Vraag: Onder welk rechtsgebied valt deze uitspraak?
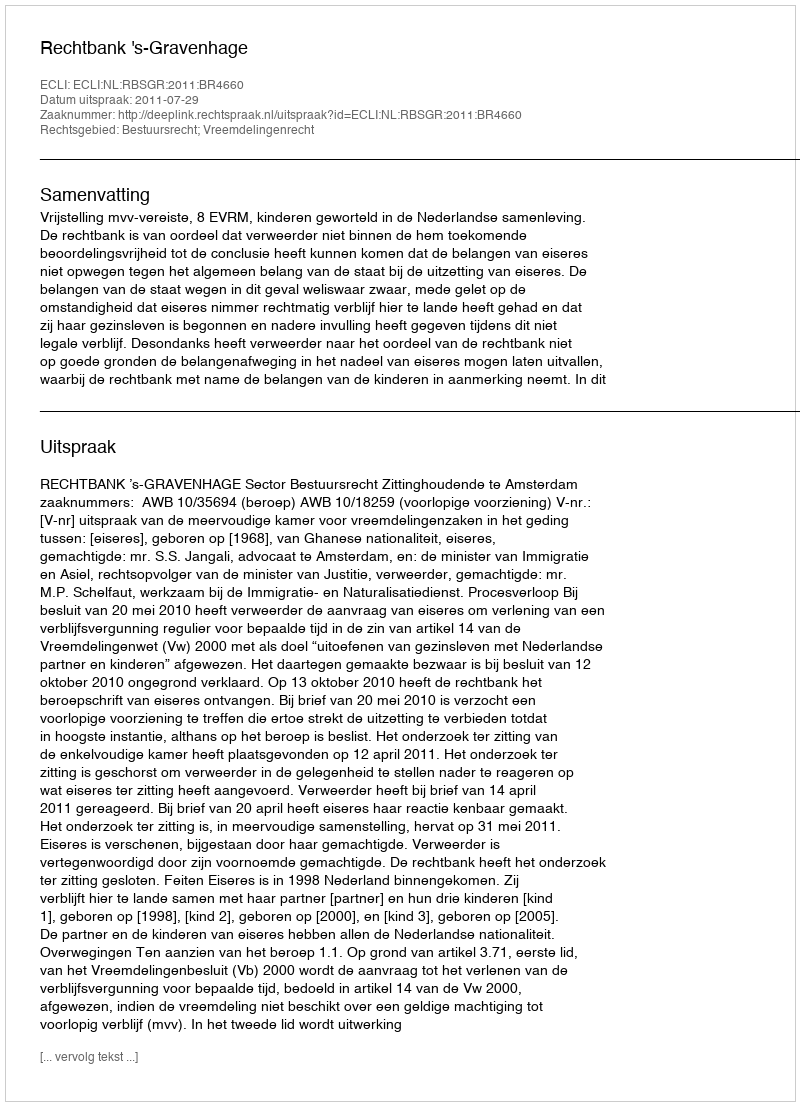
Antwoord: Bestuursrecht; Vreemdelingenrecht